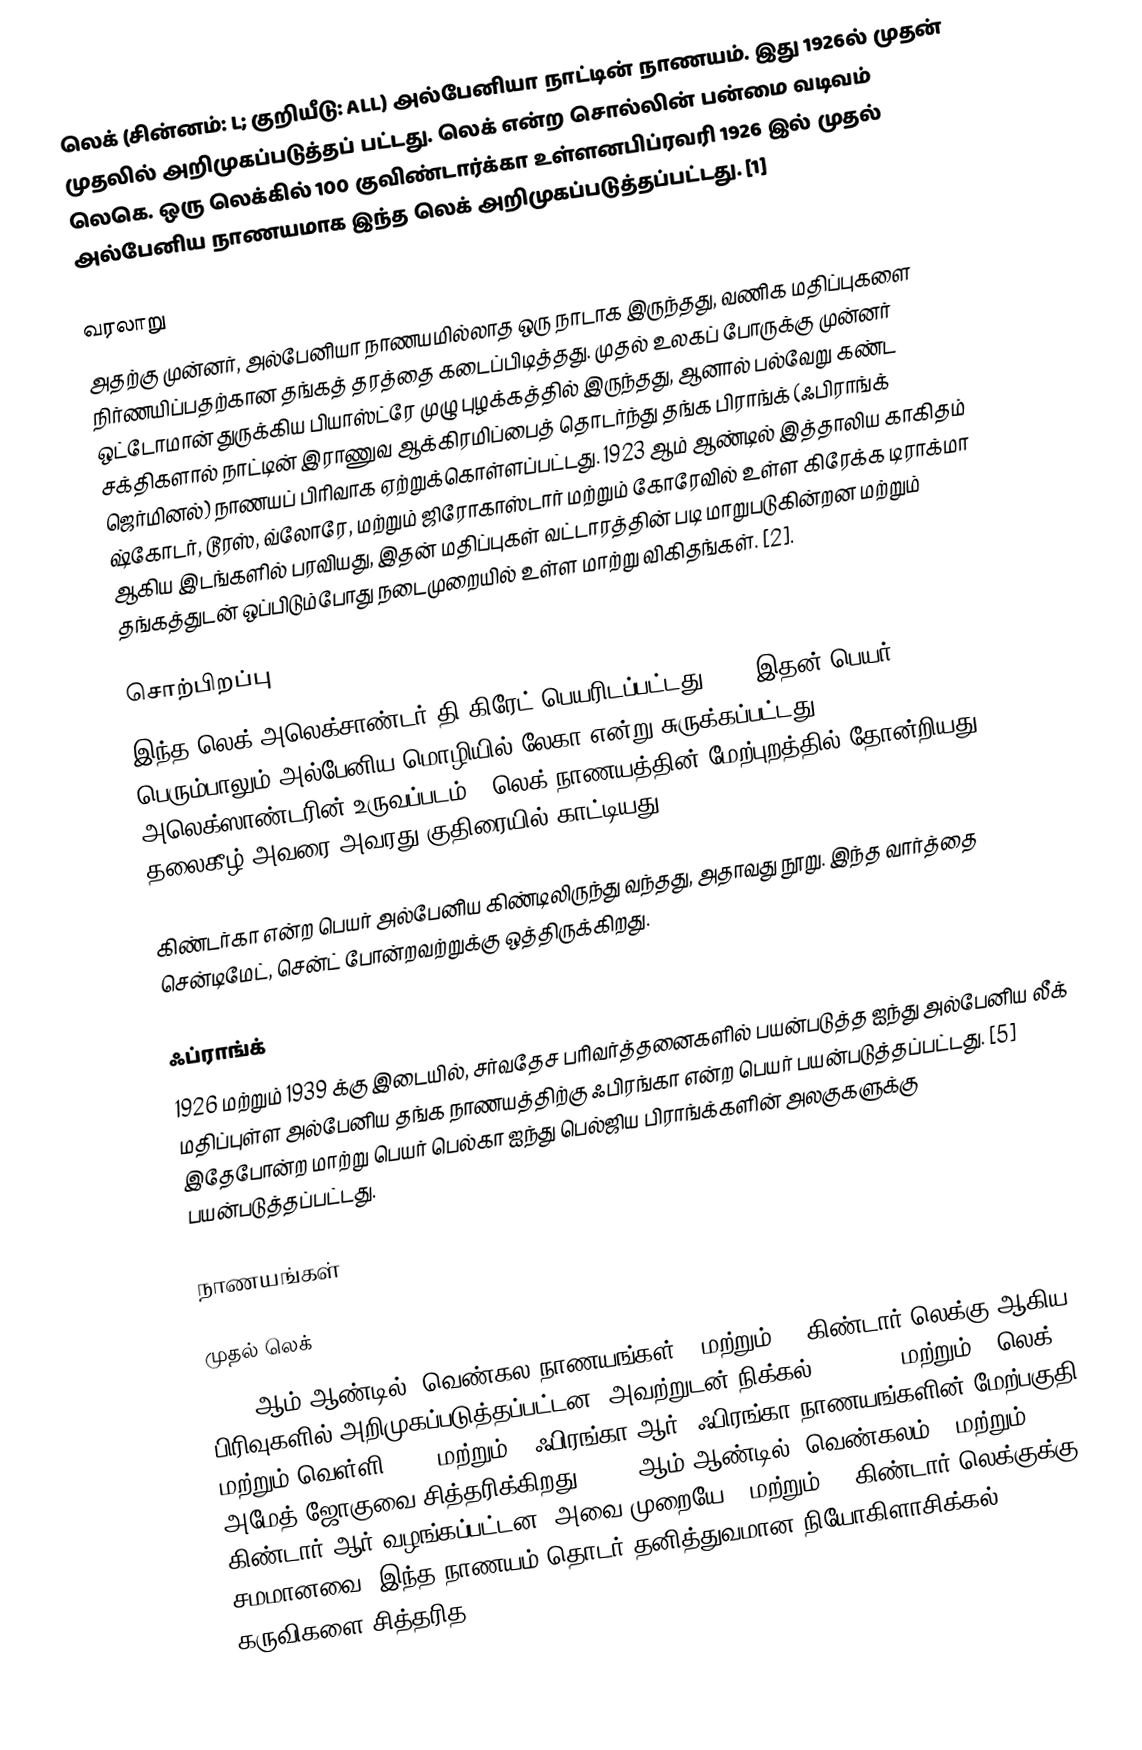
லெக் (சின்னம்: L; குறியீடு: ALL) அல்பேனியா நாட்டின் நாணயம். இது 1926ல் முதன் முதலில் அறிமுகப்படுத்தப் பட்டது. லெக் என்ற சொல்லின் பன்மை வடிவம் லெகெ. ஒரு லெக்கில் 100 குவிண்டார்க்கா உள்ளனபிப்ரவரி 1926 இல் முதல் அல்பேனிய நாணயமாக இந்த லெக் அறிமுகப்படுத்தப்பட்டது. [1]

வரலாறு
அதற்கு முன்னர், அல்பேனியா நாணயமில்லாத ஒரு நாடாக இருந்தது, வணிக மதிப்புகளை நிர்ணயிப்பதற்கான தங்கத் தரத்தை கடைப்பிடித்தது. முதல் உலகப் போருக்கு முன்னர் ஒட்டோமான் துருக்கிய பியாஸ்ட்ரே முழு புழக்கத்தில் இருந்தது, ஆனால் பல்வேறு கண்ட சக்திகளால் நாட்டின் இராணுவ ஆக்கிரமிப்பைத் தொடர்ந்து தங்க பிராங்க் (ஃபிராங்க் ஜெர்மினல்) நாணயப் பிரிவாக ஏற்றுக்கொள்ளப்பட்டது. 1923 ஆம் ஆண்டில் இத்தாலிய காகிதம் ஷ்கோடர், டூரஸ், வ்லோரே, மற்றும் ஜிரோகாஸ்டார் மற்றும் கோரேவில் உள்ள கிரேக்க டிராக்மா ஆகிய இடங்களில் பரவியது, இதன் மதிப்புகள் வட்டாரத்தின் படி மாறுபடுகின்றன மற்றும் தங்கத்துடன் ஒப்பிடும்போது நடைமுறையில் உள்ள மாற்று விகிதங்கள். [2].

சொற்பிறப்பு
இந்த லெக் அலெக்சாண்டர் தி கிரேட் பெயரிடப்பட்டது, [3] இதன் பெயர் பெரும்பாலும் அல்பேனிய மொழியில் லேகா என்று சுருக்கப்பட்டது. [4] அலெக்ஸாண்டரின் உருவப்படம் 1 லெக் நாணயத்தின் மேற்புறத்தில் தோன்றியது, தலைகீழ் அவரை அவரது குதிரையில் காட்டியது.

கிண்டர்கா என்ற பெயர் அல்பேனிய கிண்டிலிருந்து வந்தது, அதாவது நூறு. இந்த வார்த்தை சென்டிமேட், சென்ட் போன்றவற்றுக்கு ஒத்திருக்கிறது.

ஃப்ராங்க்
1926 மற்றும் 1939 க்கு இடையில், சர்வதேச பரிவர்த்தனைகளில் பயன்படுத்த ஐந்து அல்பேனிய லீக் மதிப்புள்ள அல்பேனிய தங்க நாணயத்திற்கு ஃபிரங்கா என்ற பெயர் பயன்படுத்தப்பட்டது. [5] இதேபோன்ற மாற்று பெயர் பெல்கா ஐந்து பெல்ஜிய பிராங்க்களின் அலகுகளுக்கு பயன்படுத்தப்பட்டது.

நாணயங்கள்

முதல் லெக்
1926 ஆம் ஆண்டில், வெண்கல நாணயங்கள் 5 மற்றும் 10 கிண்டார் லெக்கு ஆகிய பிரிவுகளில் அறிமுகப்படுத்தப்பட்டன, அவற்றுடன் நிக்கல் 1⁄4, 1⁄2 மற்றும் 1 லெக், மற்றும் வெள்ளி 1, 2 மற்றும் 5 ஃபிரங்கா ஆர். ஃபிரங்கா நாணயங்களின் மேற்பகுதி அமேத் ஜோகுவை சித்தரிக்கிறது. 1935 ஆம் ஆண்டில், வெண்கலம் 1 மற்றும் 2 கிண்டார் ஆர் வழங்கப்பட்டன, அவை முறையே 5 மற்றும் 10 கிண்டார் லெக்குக்கு சமமானவை. இந்த நாணயம் தொடர் தனித்துவமான நியோகிளாசிக்கல் கருவிகளை சித்தரித